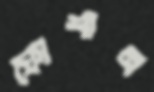
ফোশান